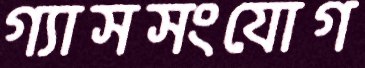
গ্যাসসংযোগ